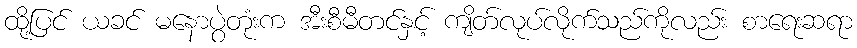
ထို့ပြင် ယခင် မနောပွဲတုံးက အီးစီမီတင်နှင့် ကျိတ်လုပ်လိုက်သည်ကိုလည်း စာရေးဆရာ